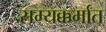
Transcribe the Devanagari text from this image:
सम्यक्कर्मांत